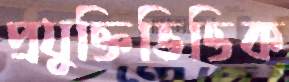
প্রযুক্তিভিত্তিক